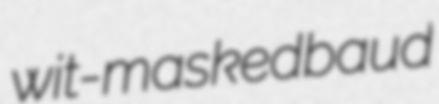
wit-masked baud